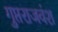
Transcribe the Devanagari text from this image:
गुप्तराजवंश